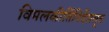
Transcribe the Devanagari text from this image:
विमलकीर्तिनिर्देशसूत्र